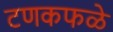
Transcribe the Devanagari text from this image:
टणकफळे